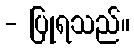
- ပြုရသည်။